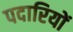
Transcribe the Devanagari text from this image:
पदारियों